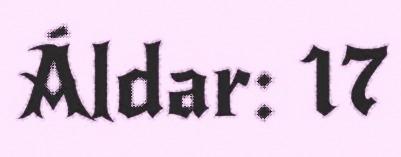
Áldar: 17